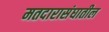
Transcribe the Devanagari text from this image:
मतदारासंघातील